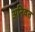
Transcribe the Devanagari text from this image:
अनिवत